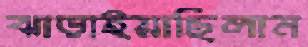
ঝাড়াইয়াছিলাম